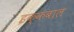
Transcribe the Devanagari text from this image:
इक्कबाल